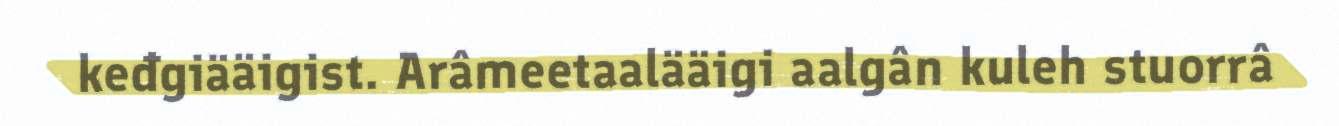
keđgiääigist. Arâmeetaalääigi aalgân kuleh stuorrâ